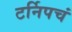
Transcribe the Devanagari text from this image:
टर्निपचं